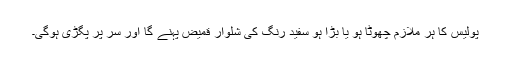
پولیس کا ہر ملازم چھوٹا ہو یا بڑا ہو سفید رنگ کی شلوار قمیض پہنے گا اور سر پر پگڑی ہوگی۔